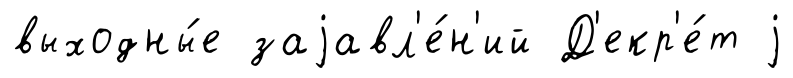
выходны́е заjавл'е́н'ий Д'екр'е́т j